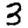
Digit: 3